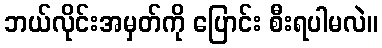
ဘယ်လိုင်းအမှတ်ကို ပြောင်း စီးရပါမလဲ။